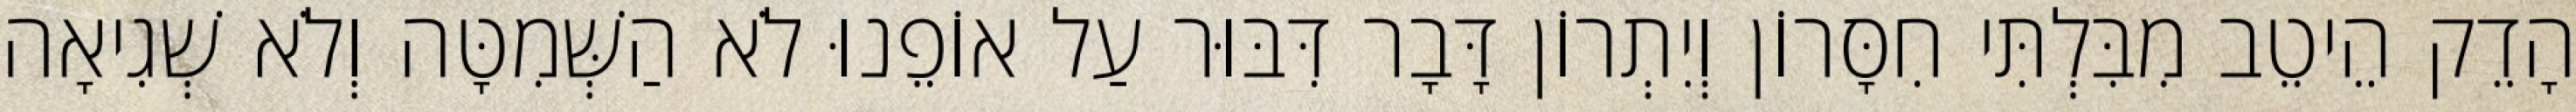
הָדֵק הֵיטֵב מִבִּלְתִּי חִסָּרוֹן וְיִתְרוֹן דָּבָר דִּבּוּר עַל אוֹפֵנוּ לֹא הַשְּׁמִטָּה וְלֹא שְׁגִיאָה